Leaving Certificate Examination, 1909
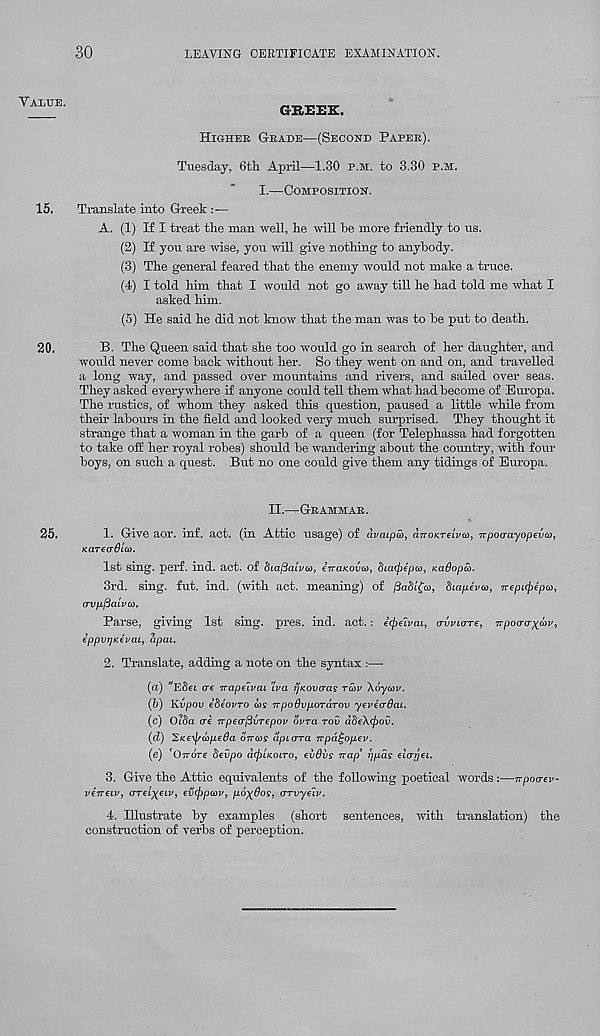
30
LEAVING CERTIFICATE EXAMINATION.
GREEK.
Higheb G-bade—(Second Papeb).
Tuesday, 6tli April—1.30 p.m. to 3.30 p.m.
I.—Composition.
Translate into Greek :■—
A. (1) If I treat the man well, he will be more friendly to us.
(2) If you are wise, you will give nothing- to anybody.
(3) The general feai-ed that the enemy would not make a truce.
(4) I told him that I would not go away till he had told me what I
asked him.
(5) He said he did not know that the man was to be put to death.
B. The Queen said that she too would go in search of her daughter, and
would never come back without her. So they went on and on, and travelled
a long way, and passed over mountains and rivers, and sailed over seas.
They asked everywhere if anyone could tell them what had become of Europa.
The rustics, of whom they asked this question, paused a little while from
their labour's in the field and looked very much surprised. They thought it
strange that a woman in the garb of a queen (for Telephassa had forgotten
to take off her royal robes) should be wandering about the country, with four-
boys, on such a quest. But no one could give them any tidings of Errropa.
II —Gbammab.
1. Give aor. inf. act. (in Attic usage) of dvaLpco, aTTOKTeLvco, irporrayopevco,
Karecrdta).
1st sing. perf. ind. act. of SiafiaLva), eiraKovo), o'ta^epoj, KaOopai.
3rd. sing. fut. ind. (with act. meaning) of /3a5i'f<B, biapeva, nepityipa,
rrvpfiatvoi.
Parse, giving 1st sing. pres. ind. act.: ifyelvai, o-vvicrre, npoo-<rxo)v,
ippvrjKevai, apal.
2. Translate, adding a note on the syntax :—
(u)
ere Trapcivcu %a rjKOvaas tcov Aoyooy.
(6) Itvpov ifteovro cos irpoBupordTov yzvtorQai.
(c) Oiba ere 7rpeo'[3vT€pov dvra rou ddeXcpov.
(d)
OTTCOff aptvTa irpd^opev.
(e) 'Orro-re Sevpo d(j)LKOLTO, evBvs Trap 3 rjpds elarjei.
3. Give the Attic equivalents of the following poetical words :—npoarev-
vtireiv, (tt€L)(eiv, Evrjrpori', poxQos, arvydiv.
4. Illustrate by examples (short sentences, with translation) the
construction of verbs of perception.